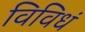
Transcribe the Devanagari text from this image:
विविधं